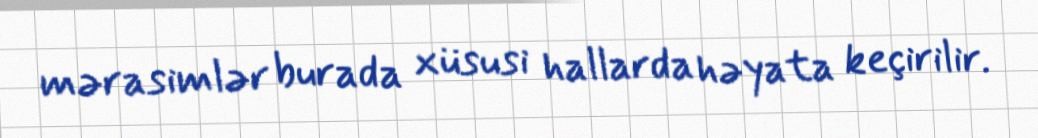
mərasimlər burada xüsusi hallarda həyata keçirilir.